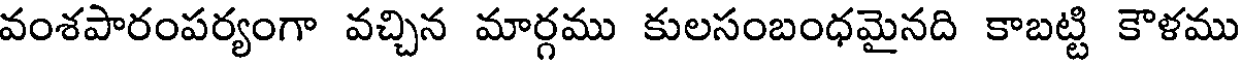
వంశపారంపర్యంగా వచ్చిన మార్గము కులసంబంధమైనది కాబట్టి కౌళము